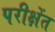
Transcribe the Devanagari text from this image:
परीक्षेंत